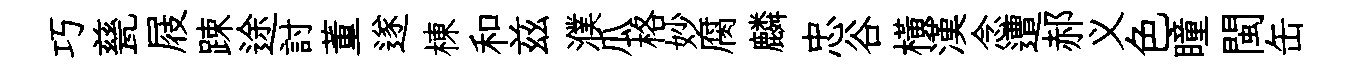
巧甆屐踈途討董遂棟和兹濮瓜格妙腐麟忠谷橫漢念遭郝义色瞳閩缶